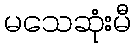
မသေဆုံးမီ